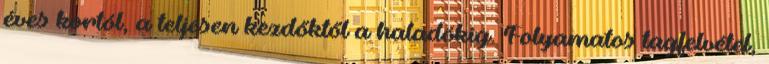
éves kortól, a teljesen kezdőktől a haladókig. Folyamatos tagfelvétel,